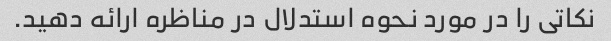
نکاتی را در مورد نحوه استدلال در مناظره ارائه دهید.